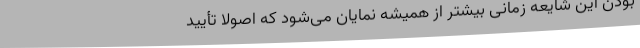
‌بودن این شایعه زمانی بیشتر از همیشه نمایان می‌شود که اصولاً تأیید